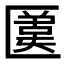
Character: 𠥛